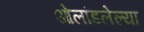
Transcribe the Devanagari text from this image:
ओलांडलेल्या